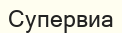
Супервиа